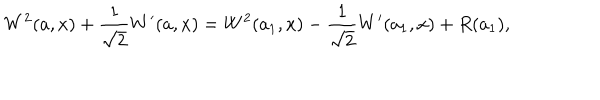
W ^ { 2 } ( a , x ) + \frac { 1 } { \sqrt { 2 } } W ^ { \prime } ( a , x ) = W ^ { 2 } ( a _ { 1 } , x ) - \frac { 1 } { \sqrt { 2 } } W ^ { \prime } ( a _ { 1 } , x ) + R ( a _ { 1 } ) ,